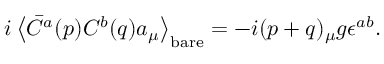
i \left< \bar { C } ^ { a } ( p ) C ^ { b } ( q ) a _ { \mu } \right> _ { \mathrm { b a r e } } = - i ( p + q ) _ { \mu } g \epsilon ^ { a b } .